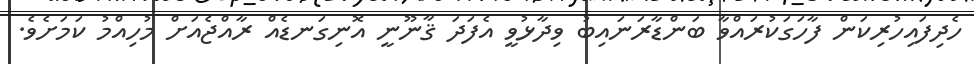
ހެދިފައިހުރިކަން ފާހަގަކުރައްވާ ބަންޑާރަނައިބު ވިދާޅުވީ އެފަދަ ޤާނޫނީ އޮނިގަނޑެއް ރާއްޖެއަށް މުހިއްމު ކަމަށެވެ.